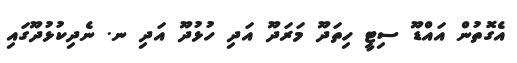
އެގޮތުން އައްޑޫ ސިޓީ ހިތަދޫ މަރަދޫ އަދި ހުޅުދޫ އަދި ނ. ނެދިކުޅުދޫގައި